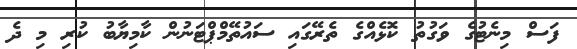
ފަސް މިނެޓުގެ ވަގުތު ކޮޅެއްގެ ތެރޭގައި ސައުތޭމްޕްޓަނުން ކާމިޔާބު ކުރި މި ދެ